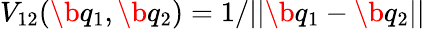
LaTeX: V_{12}(\b{q}_{1},\b{q}_{2})=1/||\b{q}_{1}-\b{q}_{2}||